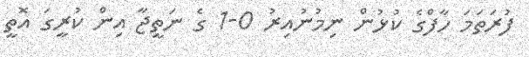
ފުރަތަމަ ހާފްގެ ކުޅުން ނިމުނުއިރު 0-1 ގެ ނަތީޖާ އިން ކުރީގަ އޮތީ